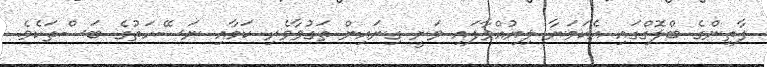
ފާތިންގެ ބްލޮގްގައި އެކަމަނާ ލިޔުއްވާފައި ވަނީ ގިނައިން ތަގުވާވެރި ކަމާއި ނަސޭހަތުގެ ބަސްތަކެވެ.